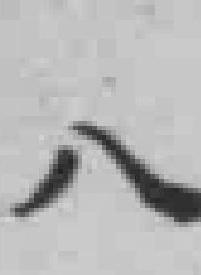
八